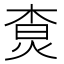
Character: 𤉲